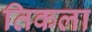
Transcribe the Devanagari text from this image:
तिकला